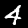
Digit: 4